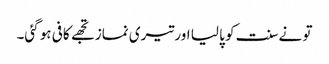
تو نےسنت کو پا لیا اور تیری نماز تجھے کافی ہو گئی۔